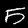
Digit: 5